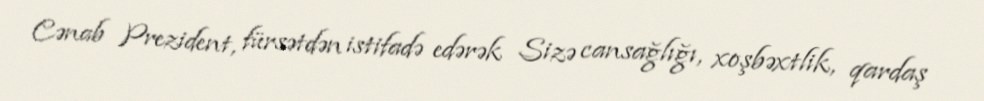
Cənab Prezident, fürsətdən istifadə edərək Sizə cansağlığı, xoşbəxtlik, qardaş